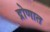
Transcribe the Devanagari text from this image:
द्रोणात